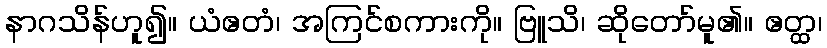
နာဂသိန်ဟူ၍။ ယံဧတံ၊ အကြင်စကားကို။ ဗြူသိ၊ ဆိုတော်မူ၏။ ဧတ္ထ၊